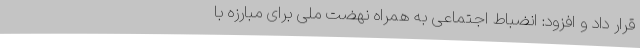
قرار داد و افزود: انضباط اجتماعی به همراه نهضت ملی برای مبارزه با